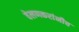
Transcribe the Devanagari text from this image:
वेलणकरांनीच